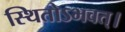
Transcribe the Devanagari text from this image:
स्थितोऽभवत्‌।